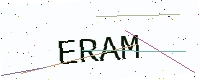
Text: ERAM